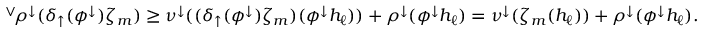
^ { \vee } \! \rho ^ { \downarrow } ( \delta _ { \uparrow } ( \phi ^ { \downarrow } ) \zeta _ { m } ) \geq \nu ^ { \downarrow } ( ( \delta _ { \uparrow } ( \phi ^ { \downarrow } ) \zeta _ { m } ) ( \phi ^ { \downarrow } h _ { \ell } ) ) + \rho ^ { \downarrow } ( \phi ^ { \downarrow } h _ { \ell } ) = \nu ^ { \downarrow } ( \zeta _ { m } ( h _ { \ell } ) ) + \rho ^ { \downarrow } ( \phi ^ { \downarrow } h _ { \ell } ) .